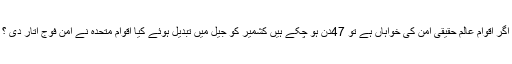
اگر اقوام عالم حقیقی امن کی خواہاں ہے تو 47دن ہو چکے ہیں کشمیر کو جیل میں تبدیل ہوئے کیا اقوام متحدہ نے امن فوج اتار دی ؟